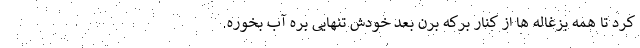
کرد تا همه بزغاله ها از کنار برکه برن بعد خودش تنهایی بره آب بخوره.